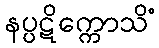
နပ္ပဋိက္ကောသိံ